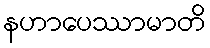
နဟာပေဿာမာတိ